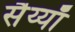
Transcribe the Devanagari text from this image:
सैय्याँ